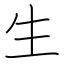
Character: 生